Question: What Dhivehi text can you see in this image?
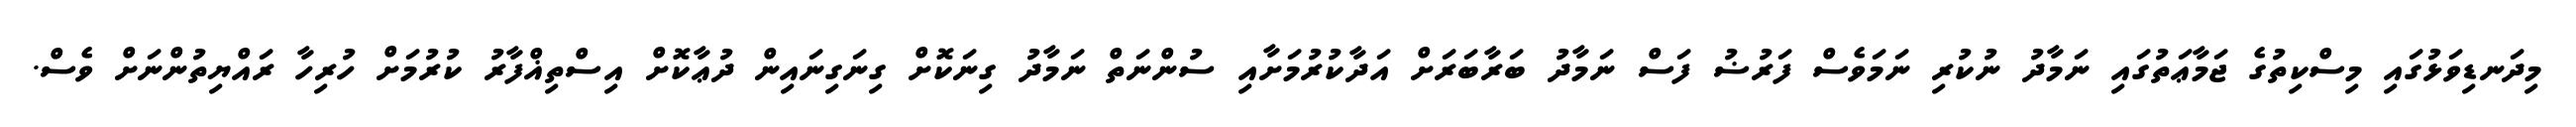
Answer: މިދަނޑިވަޅުގައި މިސްކިތުގެ ޖަމާޢަތުގައި ނަމާދު ނުކުރި ނަމަވެސް ފަރުޟު ފަސް ނަމާދު ބަރާބަރަށް އަދާކުރުމަށާއި ސުންނަތް ނަމާދު ގިނަކޮށް ގިނަގިނައިން ދުޢާކޮށް އިސްތިޣްފާރު ކުރުމަށް ހުރިހާ ރައްޔިތުންނަށް ވެސް.